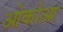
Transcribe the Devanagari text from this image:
ओकोआ